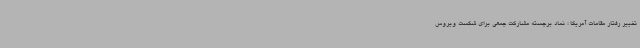
تغییر رفتار مقامات آمریکا ؛ نماد برجسته مشارکت جمعی برای شکست ویروس